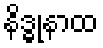
နိဒ္ဓုနာထ